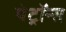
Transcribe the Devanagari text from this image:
पेट्रॉन्स